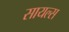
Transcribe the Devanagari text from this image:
सायल्स